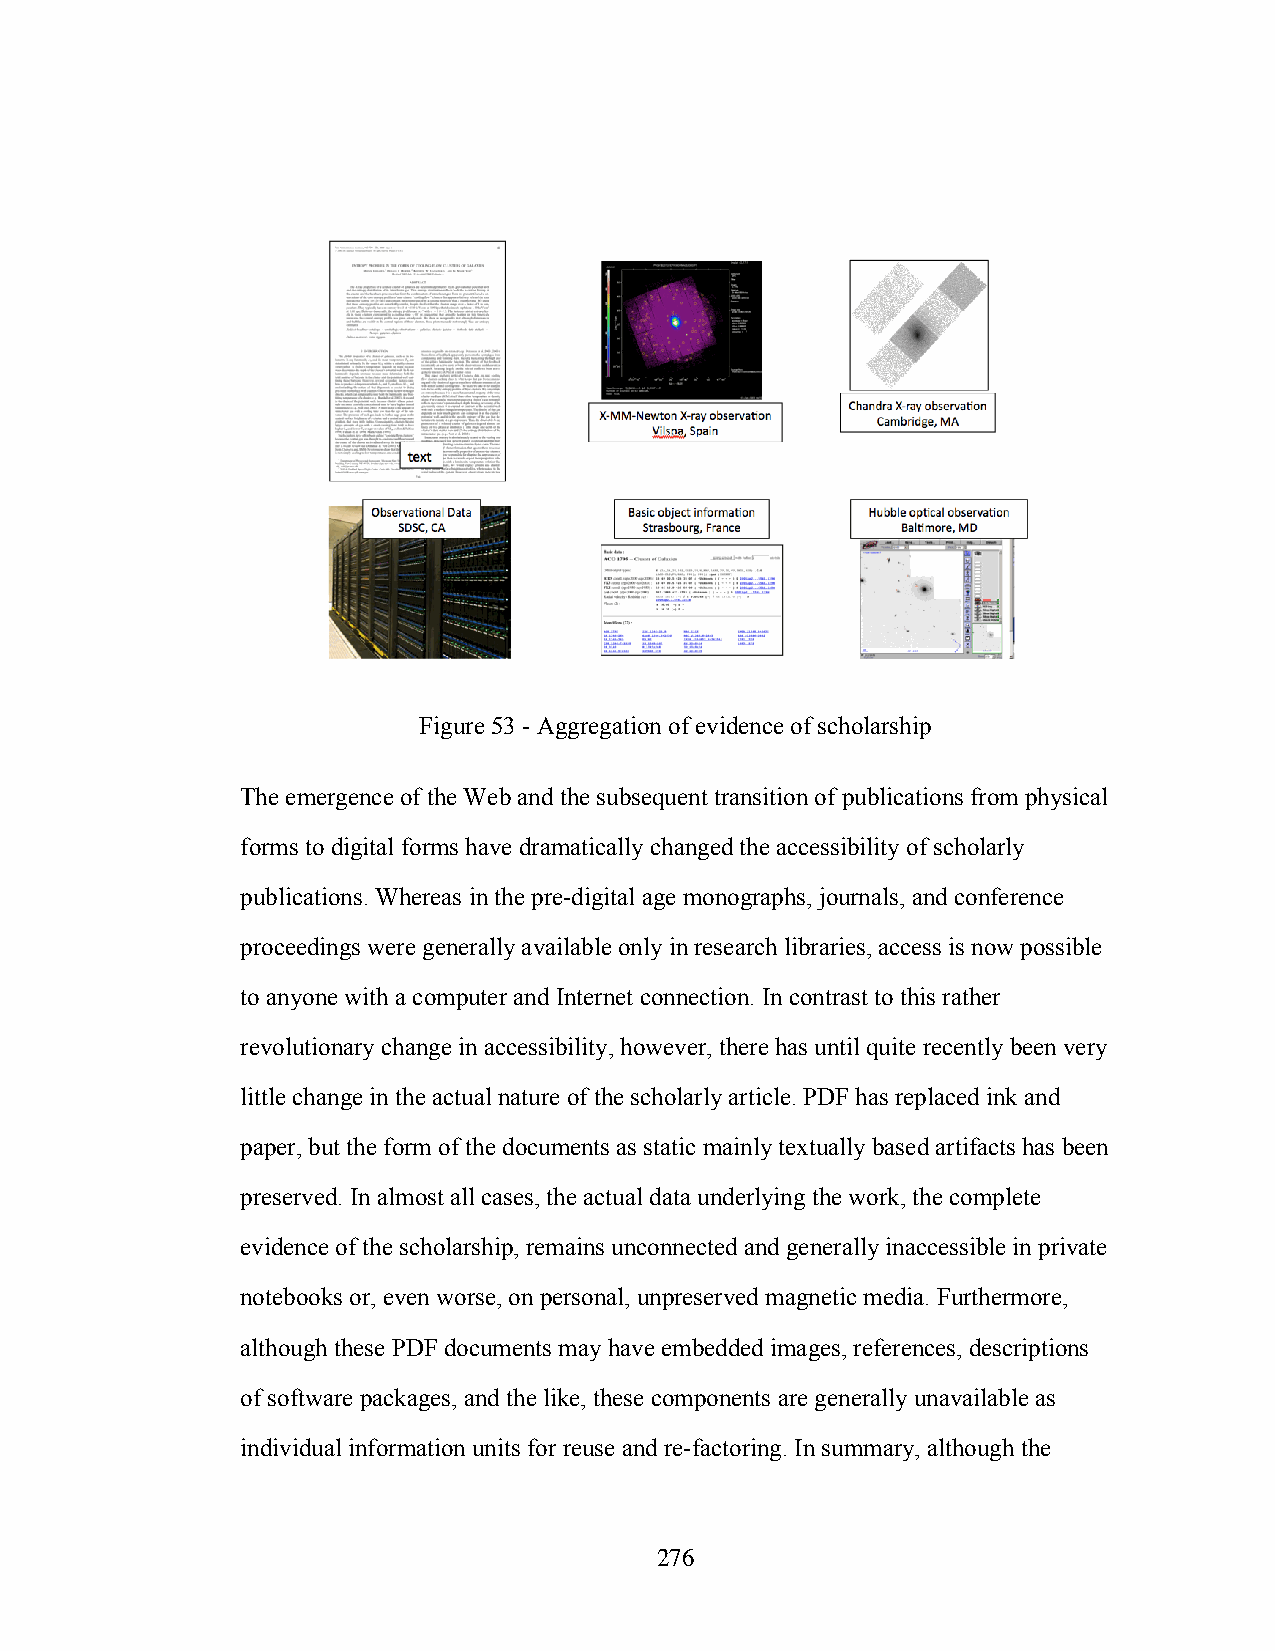
Figure 53 - Aggregation of evidence of scholarship
 The emergence of the Web and the subsequent transition of publications from physical
 forms to digital forms have dramatically changed the accessibility of scholarly
 publications. Whereas in the pre-digital age monographs, journals, and conference
 proceedings were generally available only in research libraries, access is now possible
 to anyone with a computer and Internet connection. In contrast to this rather
 revolutionary change in accessibility, however, there has until quite recently been very
 little change in the actual nature of the scholarly article. PDF has replaced ink and
 paper, but the form of the documents as static mainly textually based artifacts has been
 preserved. In almost all cases, the actual data underlying the work, the complete
 evidence of the scholarship, remains unconnected and generally inaccessible in private
 notebooks or, even worse, on personal, unpreserved magnetic media. Furthermore,
 although these PDF documents may have embedded images, references, descriptions
 of software packages, and the like, these components are generally unavailable as
 individual information units for reuse and re-factoring. In summary, although the
 276